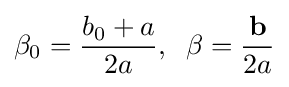
\beta _{0}={\frac {b_{0}+a}{2a}},\;\;\beta ={\frac {\mathbf {b} }{2a}}